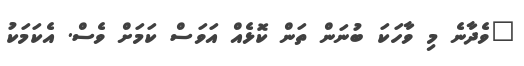
"ވެދާނެ މި ވާހަކަ ބުނަން ތަން ކޮޅެއް އަވަސް ކަމަށް ވެސް. އެކަމަކު